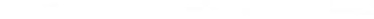
6.一堆干草堆放久了，会被分解者分解，如果被羊吃了，